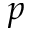
p